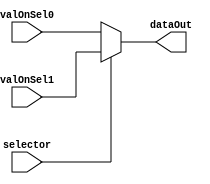
module Mux01_31Bits (
    input [31:0] valOnSel0, 
    input [31:0] valOnSel1, 
    input selector,
    output reg [31:0]dataOut
);

    assign dataOut = selector == 1'b1 
                    ? valOnSel1
                    : valOnSel0;
    
endmodule